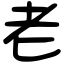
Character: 老